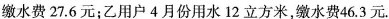
缴水费27.6元；乙用户4月份用水12立方米，缴水费46.3元。